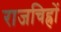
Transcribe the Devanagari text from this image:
राजचिह्रों